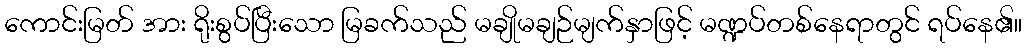
ကောင်းမြတ် အား ရိုးစွပ်ပြီးသော မြခက်သည် မချိုမချဉ်မျက်နှာဖြင့် မဏ္ဍပ်တစ်နေရာတွင် ရပ်နေ၏။